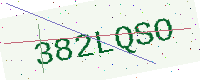
Text: 382LQSO